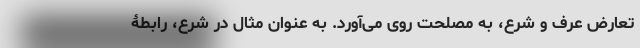
تعارض عرف و شرع، به مصلحت روی می‌آورد. به عنوان مثال در شرع، رابطۀ